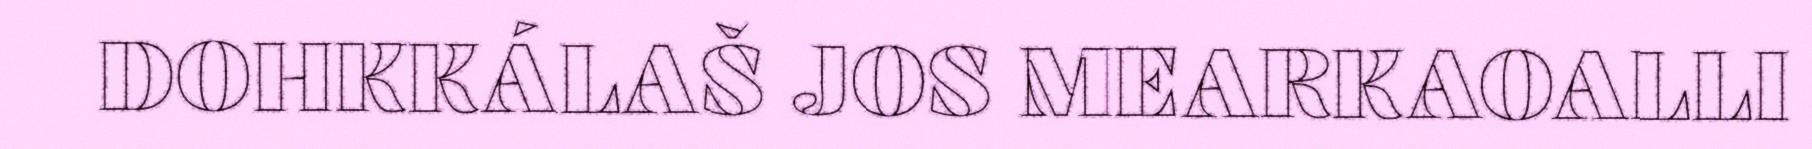
DOHKKÁLAŠ JOS MEARKAOALLI